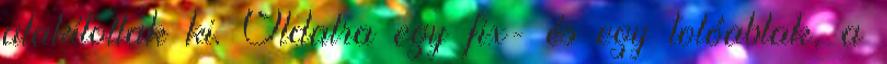
alakítottak ki. Oldalra egy fix- és egy tolóablak, a